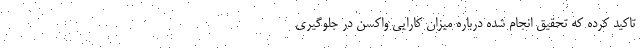
تاکید کرده که تحقیق انجام شده درباره میزان کارایی واکسن در جلوگیری